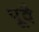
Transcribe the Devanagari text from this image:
पूवै